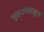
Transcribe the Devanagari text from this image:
भुवनपालकृत